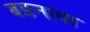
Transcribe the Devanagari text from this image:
बङनावा